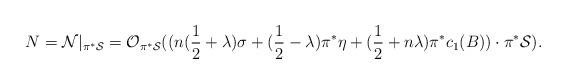
\begin{align*}N={\cal N}|_{\pi^{*} {\cal S}}= {\cal O}_{\pi^* {\cal S}}((n(\frac{1}{2}+\lambda)\sigma+(\frac{1}{2}-\lambda)\pi^{*}\eta+(\frac{1}{2}+n\lambda)\pi^{*}c_{1}(B)) \cdot \pi^{*}{\cal S}).\end{align*}